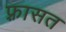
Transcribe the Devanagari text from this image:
फ़्रासत